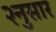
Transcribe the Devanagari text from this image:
२नुसार